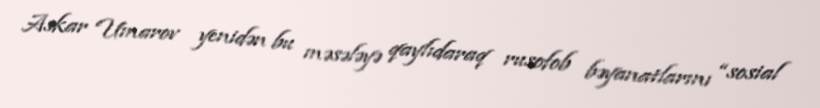
Askar Umarov yenidən bu məsələyə qaylıdaraq rusofob bəyanatlarını “sosial